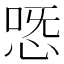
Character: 𢙸